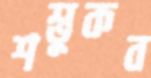
শম্ভুকব